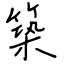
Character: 築